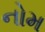
નોમ